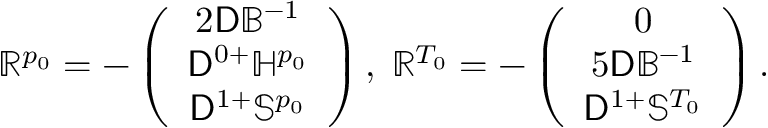
\mathbb { R } ^ { p _ { 0 } } = - \left( \begin{array} { c } { 2 \mathsf { D } \mathbb { B } ^ { - 1 } } \\ { \mathsf { D } ^ { 0 + } \mathbb { H } ^ { p _ { 0 } } } \\ { \mathsf { D } ^ { 1 + } \mathbb { S } ^ { p _ { 0 } } } \end{array} \right) , \; \mathbb { R } ^ { T _ { 0 } } = - \left( \begin{array} { c } { 0 } \\ { 5 \mathsf { D } \mathbb { B } ^ { - 1 } } \\ { \mathsf { D } ^ { 1 + } \mathbb { S } ^ { T _ { 0 } } } \end{array} \right) .